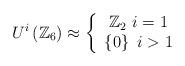
LaTeX: \begin{align*}U^{i}\left( \mathbb{Z}_{6}\right) \approx\left\{\begin{array}[c]{c}\mathbb{Z}_{2}~i=1\\\left\{ 0\right\} ~i>1\end{array}\right. \end{align*}